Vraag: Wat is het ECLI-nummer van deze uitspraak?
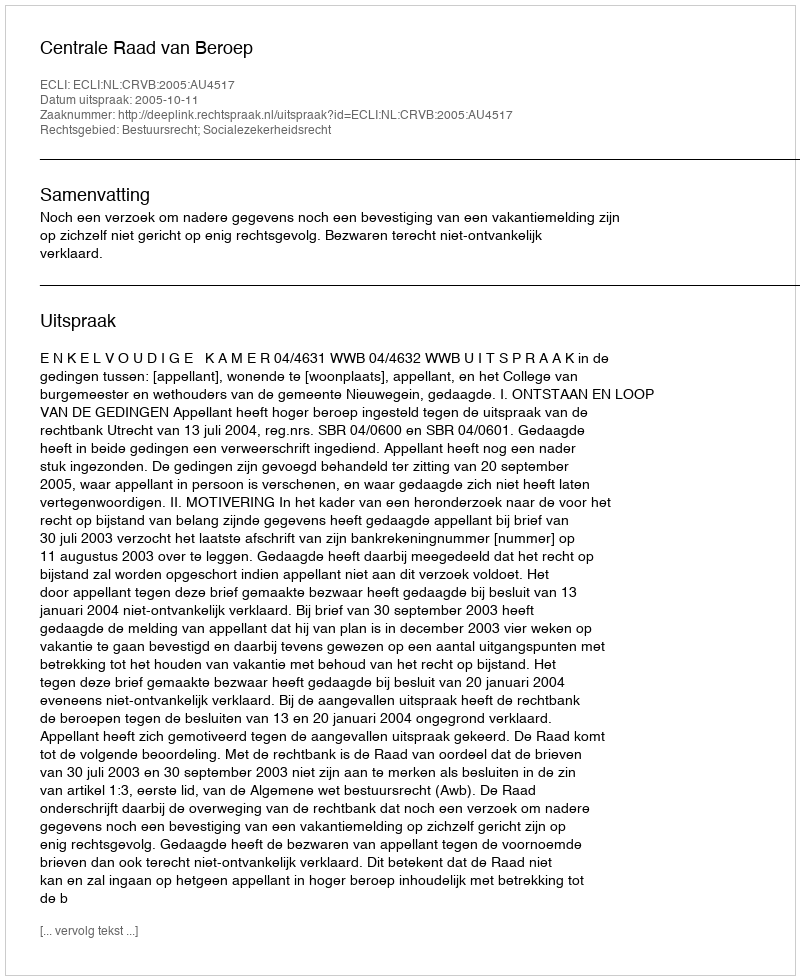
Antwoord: ECLI:NL:CRVB:2005:AU4517